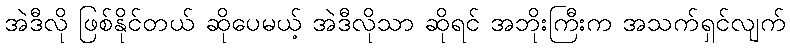
အဲဒီလို ဖြစ်နိုင်တယ် ဆိုပေမယ့် အဲဒီလိုသာ ဆိုရင် အဘိုးကြီးက အသက်ရှင်လျက်